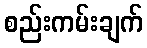
စည်းကမ်းချက်